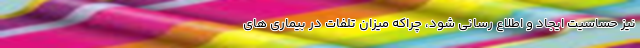
نیز حساسیت ایجاد و اطلاع رسانی شود، چراکه میزان تلفات در بیماری های